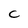
Character: C